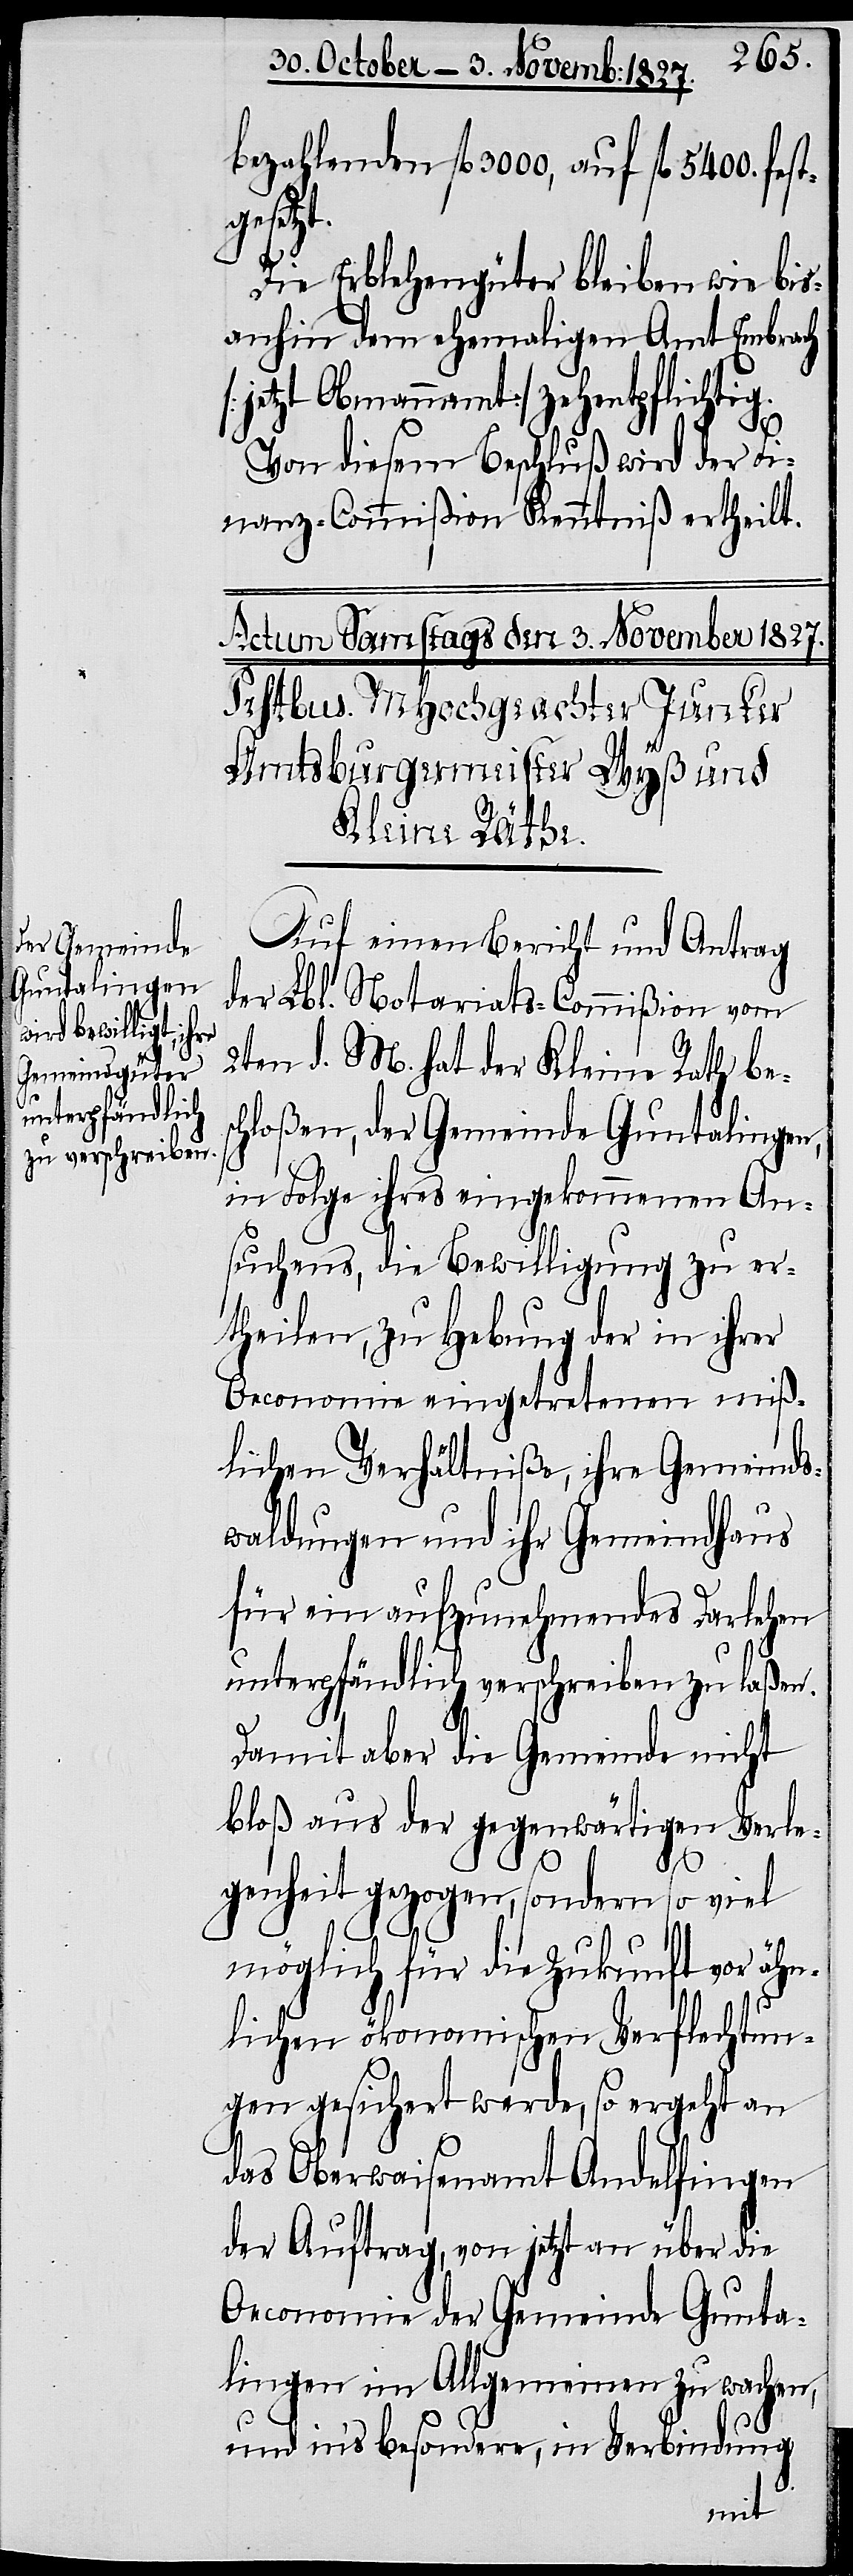
bezahlenden fl. 3000, auf fl. 5400. f¬
gesetz¬
Die Erblehengüter bleiben wie bis¬
anhin dem ehemaligen Amt Embrach
[jetzt Obmannamt] zehentpflichtig.
Von diesem Beschluß wird der Fi¬
nanz-Commißion Kenntniß ertheilt.
Auf einen Bericht und Antrag
der Lbl. Notariats-Commißion vom
2ten d. M. hat der Kleine Rath bes¬
chloßen, der Gemeinde Guntalingen,
in Folge ihres eingekommenen An¬
suchens, die Bewilligung zu er¬
theilen, zu Hebung der in ihrer
Oeconomie eingetretenen miß¬
lichen Verhältniße, ihre Gemeinds¬
waldungen und ihr Gemeindhaus
für ein aufzunehmendes Darlehen
unterpfändlich verschreiben zu laßen.
Damit aber die Gemeinde nicht
bloß aus der gegenwärtigen Verle¬
genheit gezogen, sondern so viel
möglich für die Zukunft vor ähn¬
t.
lichen ökonomischen Verflechtun¬
gen gesichert werde, so ergeht an
das Oberwaisenamt Andelfingen
der Auftrag, von jetzt an über die
Oeconomie der Gemeinde Gunta¬
lingen im Allgemeinen zu wachen,
und in’s besondere, in Verbindung